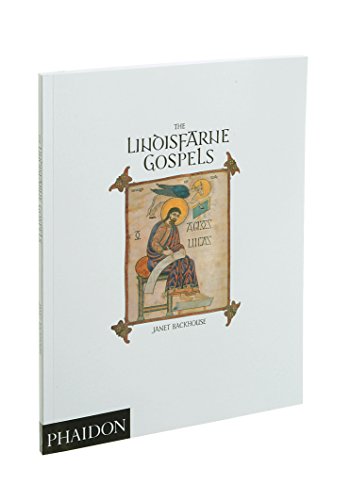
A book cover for The Lindisfarne Gospels; Janet Backhouse; Crafts, Hobbies & Home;